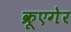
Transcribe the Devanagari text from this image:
क्रूएगेर